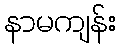
နာမကျန်း